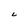
Character: L